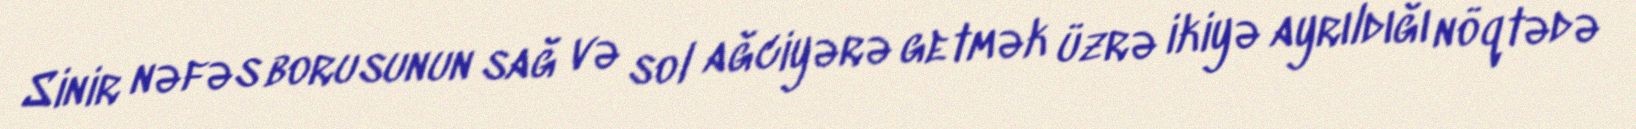
Sinir nəfəs borusunun sağ və sol ağciyərə getmək üzrə ikiyə ayrıldığı nöqtədə